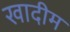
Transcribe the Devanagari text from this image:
खादीम